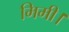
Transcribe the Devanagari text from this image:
मिमी।